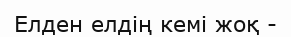
Елден елдің кемі жоқ -